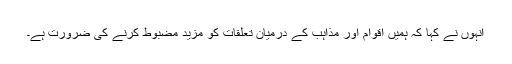
انہوں نے کہا کہ ہمیں اقوام اور مذاہب کے درمیان تعلقات کو مزید مضبوط کرنے کی ضرورت ہے۔